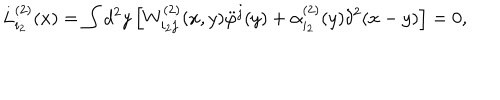
L _ { i _ { 2 } } ^ { ( 2 ) } ( x ) = \int d ^ { 2 } y \left[ W _ { i _ { 2 } j } ^ { ( 2 ) } ( x , y ) \ddot { \varphi } ^ { j } ( y ) + \alpha _ { i _ { 2 } } ^ { ( 2 ) } ( y ) \delta ^ { 2 } ( x - y ) \right] = 0 ,